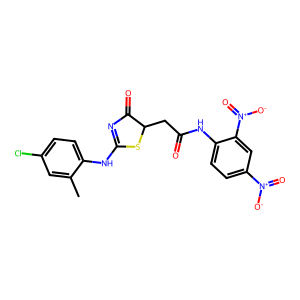
SMILES: Cc1cc(Cl)ccc1NC1=NC(=O)C(CC(=O)Nc2ccc([N+](=O)[O-])cc2[N+](=O)[O-])S1
Inhibits HIV replication: No